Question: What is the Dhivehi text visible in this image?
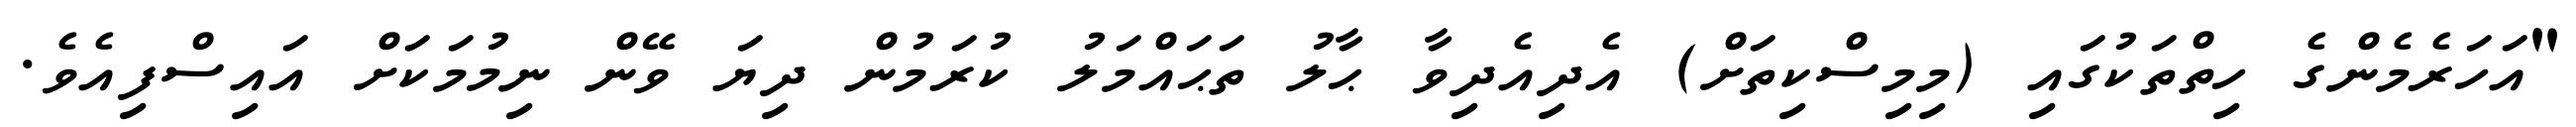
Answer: "އަހަރެމެންގެ ހިތްތަކުގައި (މިމިސްކިތަށް) އެދިއެދިވާ ޙާލު ތަޙައްމަލު ކުރަމުން ދިޔަ ވޭން ނިމުމަކަށް އައިސްފިއެވެ.